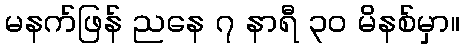
မနက်ဖြန် ညနေ ၇ နာရီ ၃၀ မိနစ်မှာ။